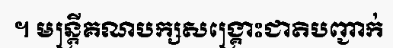
។ មន្ត្រីគណបក្សសង្គ្រោះជាតិបញ្ជាក់